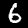
Label: 6